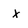
Character: x